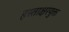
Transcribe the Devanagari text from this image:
हस्ताक्षरयुक्त